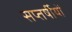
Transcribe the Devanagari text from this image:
सप्तर्षीयों